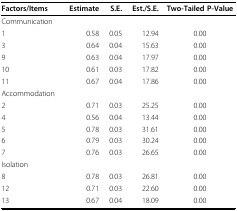
| Factors/Items | Estimate | S.E. | Est./S.E. | Two-Tailed P-Value |
 | --- | --- | --- | --- | --- |
 | Communication |  |  |  |  |
 | 1 | 0.58 | 0.05 | 12.94 | 0.00 |
 | 3 | 0.64 | 0.04 | 15.63 | 0.00 |
 | 9 | 0.63 | 0.04 | 17.97 | 0.00 |
 | 10 | 0.61 | 0.03 | 17.82 | 0.00 |
 | 11 | 0.67 | 0.04 | 17.86 | 0.00 |
 | Accommodation |  |  |  |  |
 | 2 | 0.71 | 0.03 | 25.25 | 0.00 |
 | 4 | 0.56 | 0.04 | 13.44 | 0.00 |
 | 5 | 0.78 | 0.03 | 31.61 | 0.00 |
 | 6 | 0.79 | 0.03 | 30.24 | 0.00 |
 | 7 | 0.76 | 0.03 | 26.65 | 0.00 |
 | Isolation |  |  |  |  |
 | 8 | 0.78 | 0.03 | 26.81 | 0.00 |
 | 12 | 0.71 | 0.03 | 22.60 | 0.00 |
 | 13 | 0.67 | 0.04 | 18.09 | 0.00 |